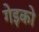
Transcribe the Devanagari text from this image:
गेइको